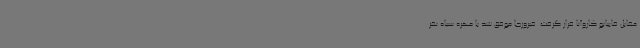
مقابل فابیانو کاروآنا قرار گرفت. فیروزجا موفق شد با مهره سیاه نفر